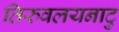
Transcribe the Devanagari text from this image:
तिरुवलयनाटु